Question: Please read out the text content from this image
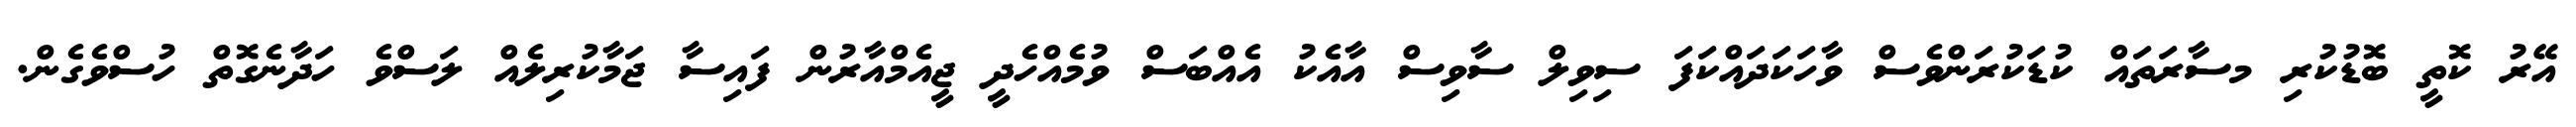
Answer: އޭރު ކޮތީ ބޮޑުކުރި މސާރަތައް ކުޑަކުރަންވެސް ވާހަކަދައްކަފަ ސިވިލް ސާވިސް އާއެކު އެއްބަސް ވުމެއްހެދީ ޖީއެމްއާރުން ފައިސާ ޖަމާކުރިލެއް ލަސްވެ ހަދާނެގޮތް ހުސްވެގެން.